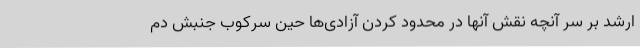
ارشد بر سر آنچه نقش آنها در محدود کردن آزادی‌ها حین سرکوب جنبش دم